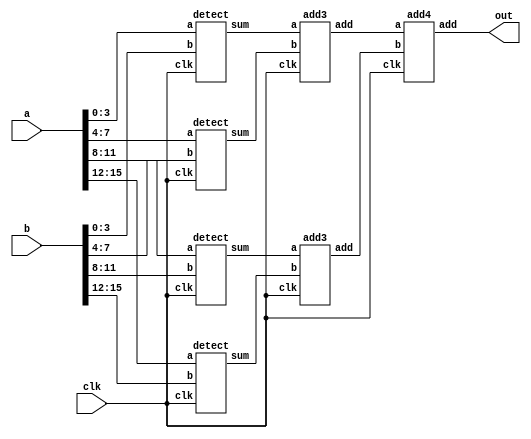
module correlator(out,a,b,clk);
output[4:0] out;
input[15:0] a,b;
input clk;
wire[2:0] sum1,sum2,sum3,sum4;
wire[3:0] temp1,temp2;

detect	u1(sum1,a[3:0],b[3:0],clk),
	u2(sum2,a[7:4],b[7:4],clk),
	u3(sum3,a[11:8],b[11:8],clk),
	u4(sum4,a[15:12],b[15:12],clk);
add3 	u5(temp1,sum1,sum2,clk),
	u6(temp2,sum3,sum4,clk);
add4 	u7(out,temp1,temp2,clk);
endmodule

module detect(sum,a,b,clk);
output[2:0] sum;
input clk;
input[3:0] a,b;
wire[3:0] ab;
reg[2:0] sum;

assign ab = a ^ b;

always @(posedge clk)
  begin
	case(ab)
	'd0: sum = 4;
	'd1,'d2,'d4,'d8:  sum = 3;
	'd3,'d5,'d6,'d9,'d10,'d12: sum = 2;
	'd7,'d11,'d13,'d14: sum = 1;	
	'd15: sum = 0;
	endcase
  end
endmodule

module add3(add,a,b,clk);
output[3:0] add;
input[2:0] a,b;
input clk;
reg[3:0] add;
always @(posedge clk)
begin  add = a + b;  end
endmodule

module add4(add,a,b,clk);
output[4:0] add;
input[3:0] a,b;
input clk;
reg[4:0] add;

always @(posedge clk)
begin  add = a + b;  end
endmodule